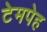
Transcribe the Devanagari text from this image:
टेमपेह